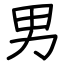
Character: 男